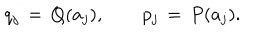
LaTeX: q _ { j } \, = \, Q ( a _ { j } ) , \hspace { 2 e m } p _ { j } \, = \, P ( a _ { j } ) .